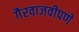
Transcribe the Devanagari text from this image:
गैरवाजवीपणे